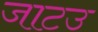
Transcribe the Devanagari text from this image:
जाटउ